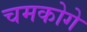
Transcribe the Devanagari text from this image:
चमकोगे